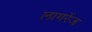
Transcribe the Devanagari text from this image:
लागरेंज